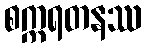
စက္ကရတနဿ